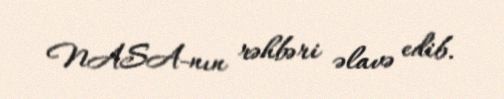
NASA-nın rəhbəri əlavə edib.